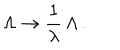
\Lambda \to \frac { 1 } { \lambda } \, \Lambda \, .